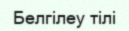
Белгілеу тілі